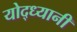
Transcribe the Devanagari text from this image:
योद्ध्यानी